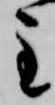
主